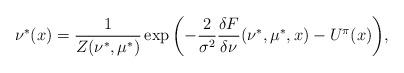
LaTeX: \begin{align*}\nu^*(x) = \frac{1}{Z(\nu^*, \mu^*)} \exp{\left( -\frac{2}{\sigma^2}\frac{\delta F}{\delta \nu} (\nu^*, \mu^*, x) - U^{\pi}(x) \right)},\end{align*}